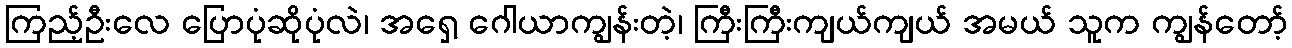
ကြည့်ဦးလေ ပြောပုံဆိုပုံလဲ၊ အရှေ့ ဂေါယာကျွန်းတဲ့၊ ကြီးကြီးကျယ်ကျယ် အမယ် သူက ကျွန်တော့်